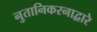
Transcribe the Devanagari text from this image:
नुतानिकरनाद्वारे